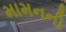
મામનની